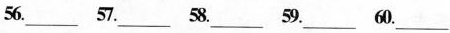
56.___ 57.___ 58.___59.___ 60.___